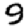
Digit: 9